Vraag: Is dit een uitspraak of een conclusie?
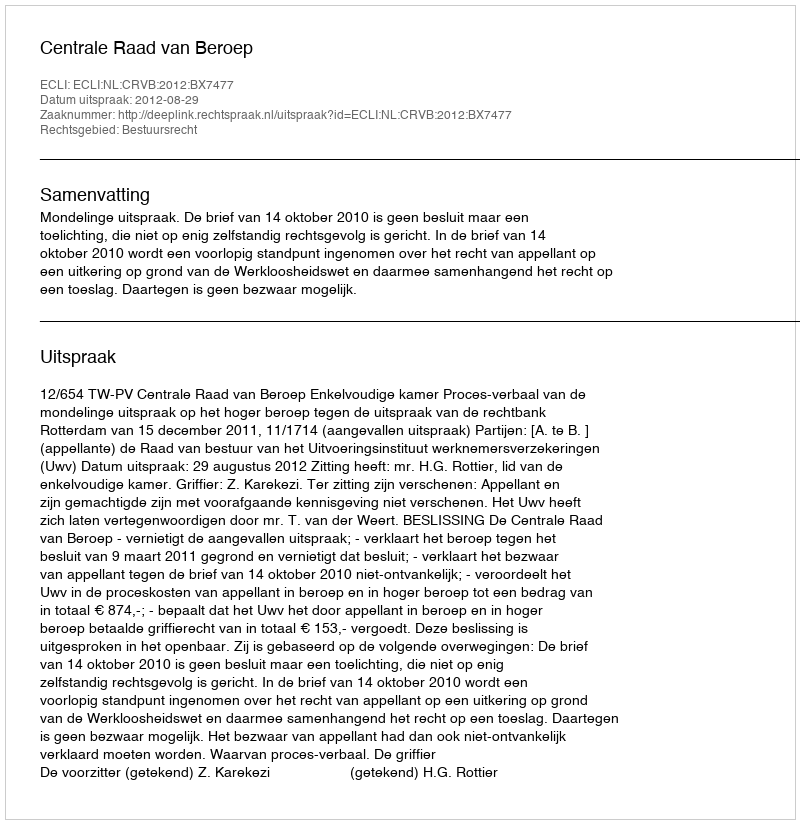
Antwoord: Uitspraak